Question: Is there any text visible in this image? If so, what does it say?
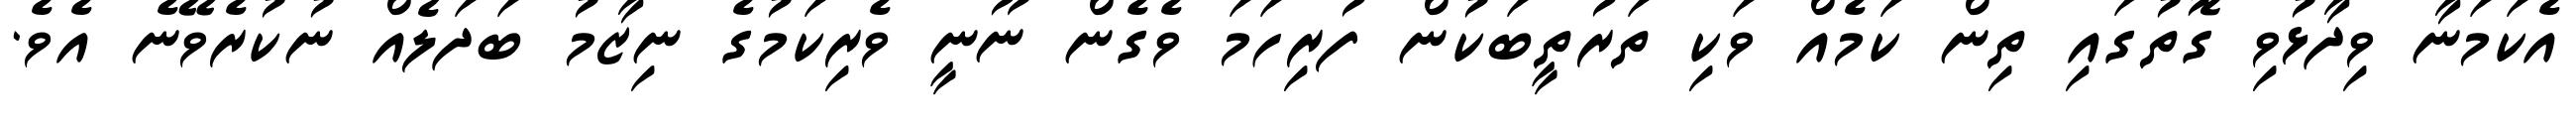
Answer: އެކަމަނާ ވިދާޅުވި ގޮތުގައި ތިން ކަމެއް ވަކި ތަރުތީބަކުން ފުރިހަމަ ވެގެން ނޫނީ ވެރިކަމުގެ ނިޒާމު ބަދަލެއް ނުކުރެވޭނެ އެވެ.